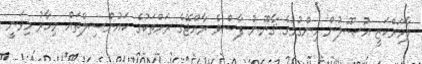
ލާމަރްކަޒީ އުޞޫލުން ހިންގުމުގެ ޤާނޫނު ފާސްވެ ރާއްޖޭގެ ރަށްތަކުގެ ކައުންސިލްތައް މިހާރު މިވަނީ